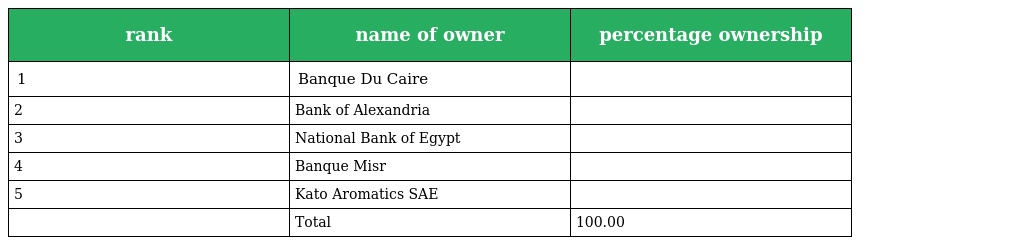
| rank | name of owner | percentage ownership |
 | --- | --- | --- |
 | 1 | Banque Du Caire |  |
 | 2 | Bank of Alexandria |  |
 | 3 | National Bank of Egypt |  |
 | 4 | Banque Misr |  |
 | 5 | Kato Aromatics SAE |  |
 |  | Total | 100.00 |